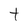
Character: t